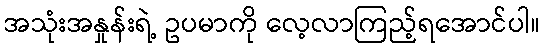
အသုံးအနှုန်းရဲ့ ဥပမာကို လေ့လာကြည့်ရအောင်ပါ။